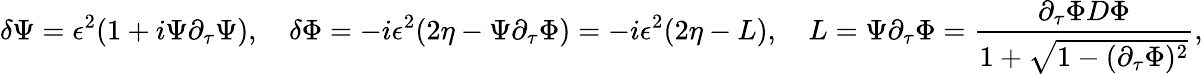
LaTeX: \delta\Psi=\epsilon^{2}(1+i\Psi\partial_{\tau}\Psi),\quad\delta\Phi=-i\epsilon^{2}(2\eta-\Psi\partial_{\tau}\Phi)=-i\epsilon^{2}(2\eta-L),\quad L=\Psi\partial_{\tau}\Phi={\frac{\partial_{\tau}\Phi D\Phi}{1+\sqrt{1-(\partial_{\tau}\Phi)^{2}}}},